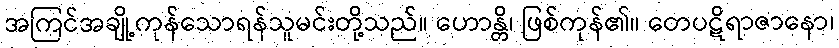
အကြင်အချို့ကုန်သောရန်သူမင်းတို့သည်။ ဟောန္တိ၊ ဖြစ်ကုန်၏။ တေပဋိရာဇာနော၊